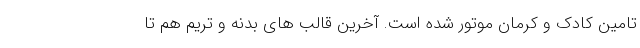
تامین کادک و کرمان موتور شده است. آخرین قالب های بدنه و تریم هم تا